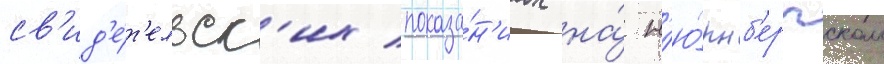
св'ид'е́т'ельск'их показа́н'иах на́ н'ю́рнб'ергском